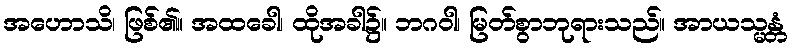
အဟောသိ၊ ဖြစ်၏။ အထခေါ၊ ထိုအခါ၌။ ဘဂဝါ၊ မြတ်စွာဘုရားသည်။ အာယသ္မန္တံ